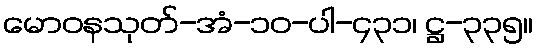
မောဝနသုတ်-အံ-၁၀-ပါ-၄၃၁၊ ဋ္ဌ-၃၃၅။